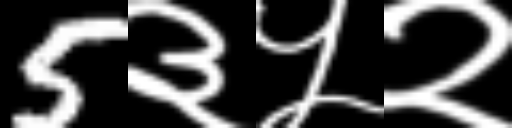
Text: 5३५२